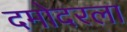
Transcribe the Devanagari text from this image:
दमोदरला